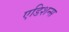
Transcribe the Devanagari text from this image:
एडिशन्स